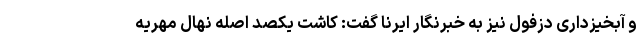
و آبخیزداری دزفول نیز به خبرنگار ایرنا گفت: کاشت یکصد اصله نهال مهریه